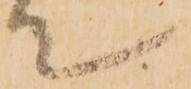
て